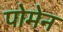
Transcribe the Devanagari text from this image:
पोमेन